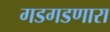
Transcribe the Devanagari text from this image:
गडगडणारा